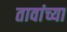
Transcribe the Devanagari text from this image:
तावांच्या